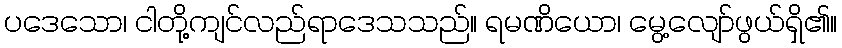
ပဒေသော၊ ငါတို့ကျင်လည်ရာဒေသသည်။ ရမဏိယော၊ မွေ့လျော်ဖွယ်ရှိ၏။